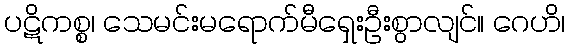
ပဋိကစ္စ၊ သေမင်းမရောက်မီရှေးဦးစွာလျင်။ ဂေဟိ၊